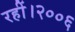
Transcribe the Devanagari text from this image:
रहीं।२००६